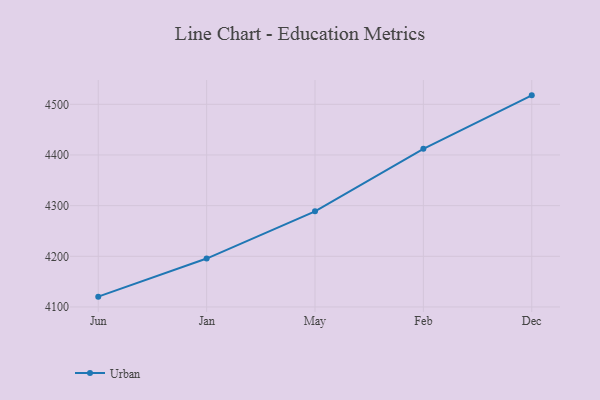
{"axis": {"x": "Month", "y": "Inventory Turnover"}, "legend": ["Urban"], "data": [{"x": "Jun", "y": 4120.4, "type": "Urban"}, {"x": "Jan", "y": 4195.6, "type": "Urban"}, {"x": "May", "y": 4288.8, "type": "Urban"}, {"x": "Feb", "y": 4412.1, "type": "Urban"}, {"x": "Dec", "y": 4517.7, "type": "Urban"}]}